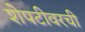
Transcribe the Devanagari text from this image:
शेपटीवरची